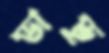
ডাভু